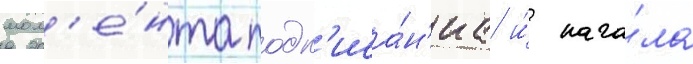
мом'е́нта подп'иса́н'иа и́ нача́ла